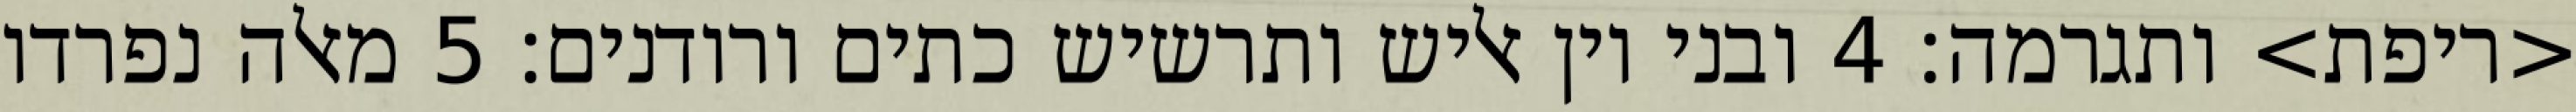
<ריפת> ותגרמה׃ ‎4‏ ובני יון אליש ותרשיש כתים ורודנים׃ ‎5‏ מאלה נפרדו